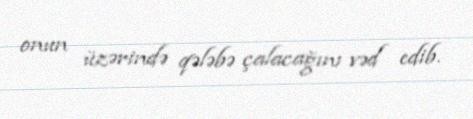
onun üzərində qələbə çalacağını vəd edib.